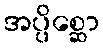
အပ္ပိစ္ဆော